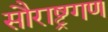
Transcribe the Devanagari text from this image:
सौराष्ट्रगण